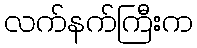
လက်နက်ကြီးက